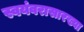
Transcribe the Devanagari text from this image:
स्वयंवरासारख्या